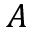
{ \cal A }